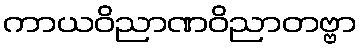
ကာယဝိညာဏဝိညာတဗ္ဗာ